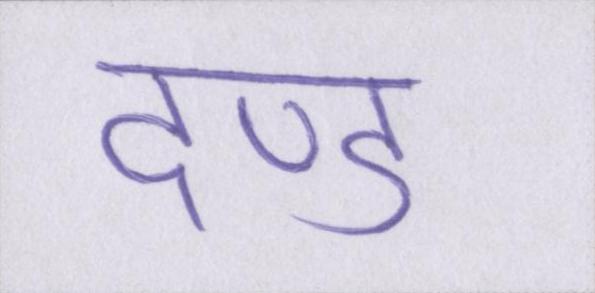
दण्ड